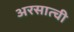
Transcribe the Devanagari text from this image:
अरसात्ची